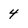
Character: 4